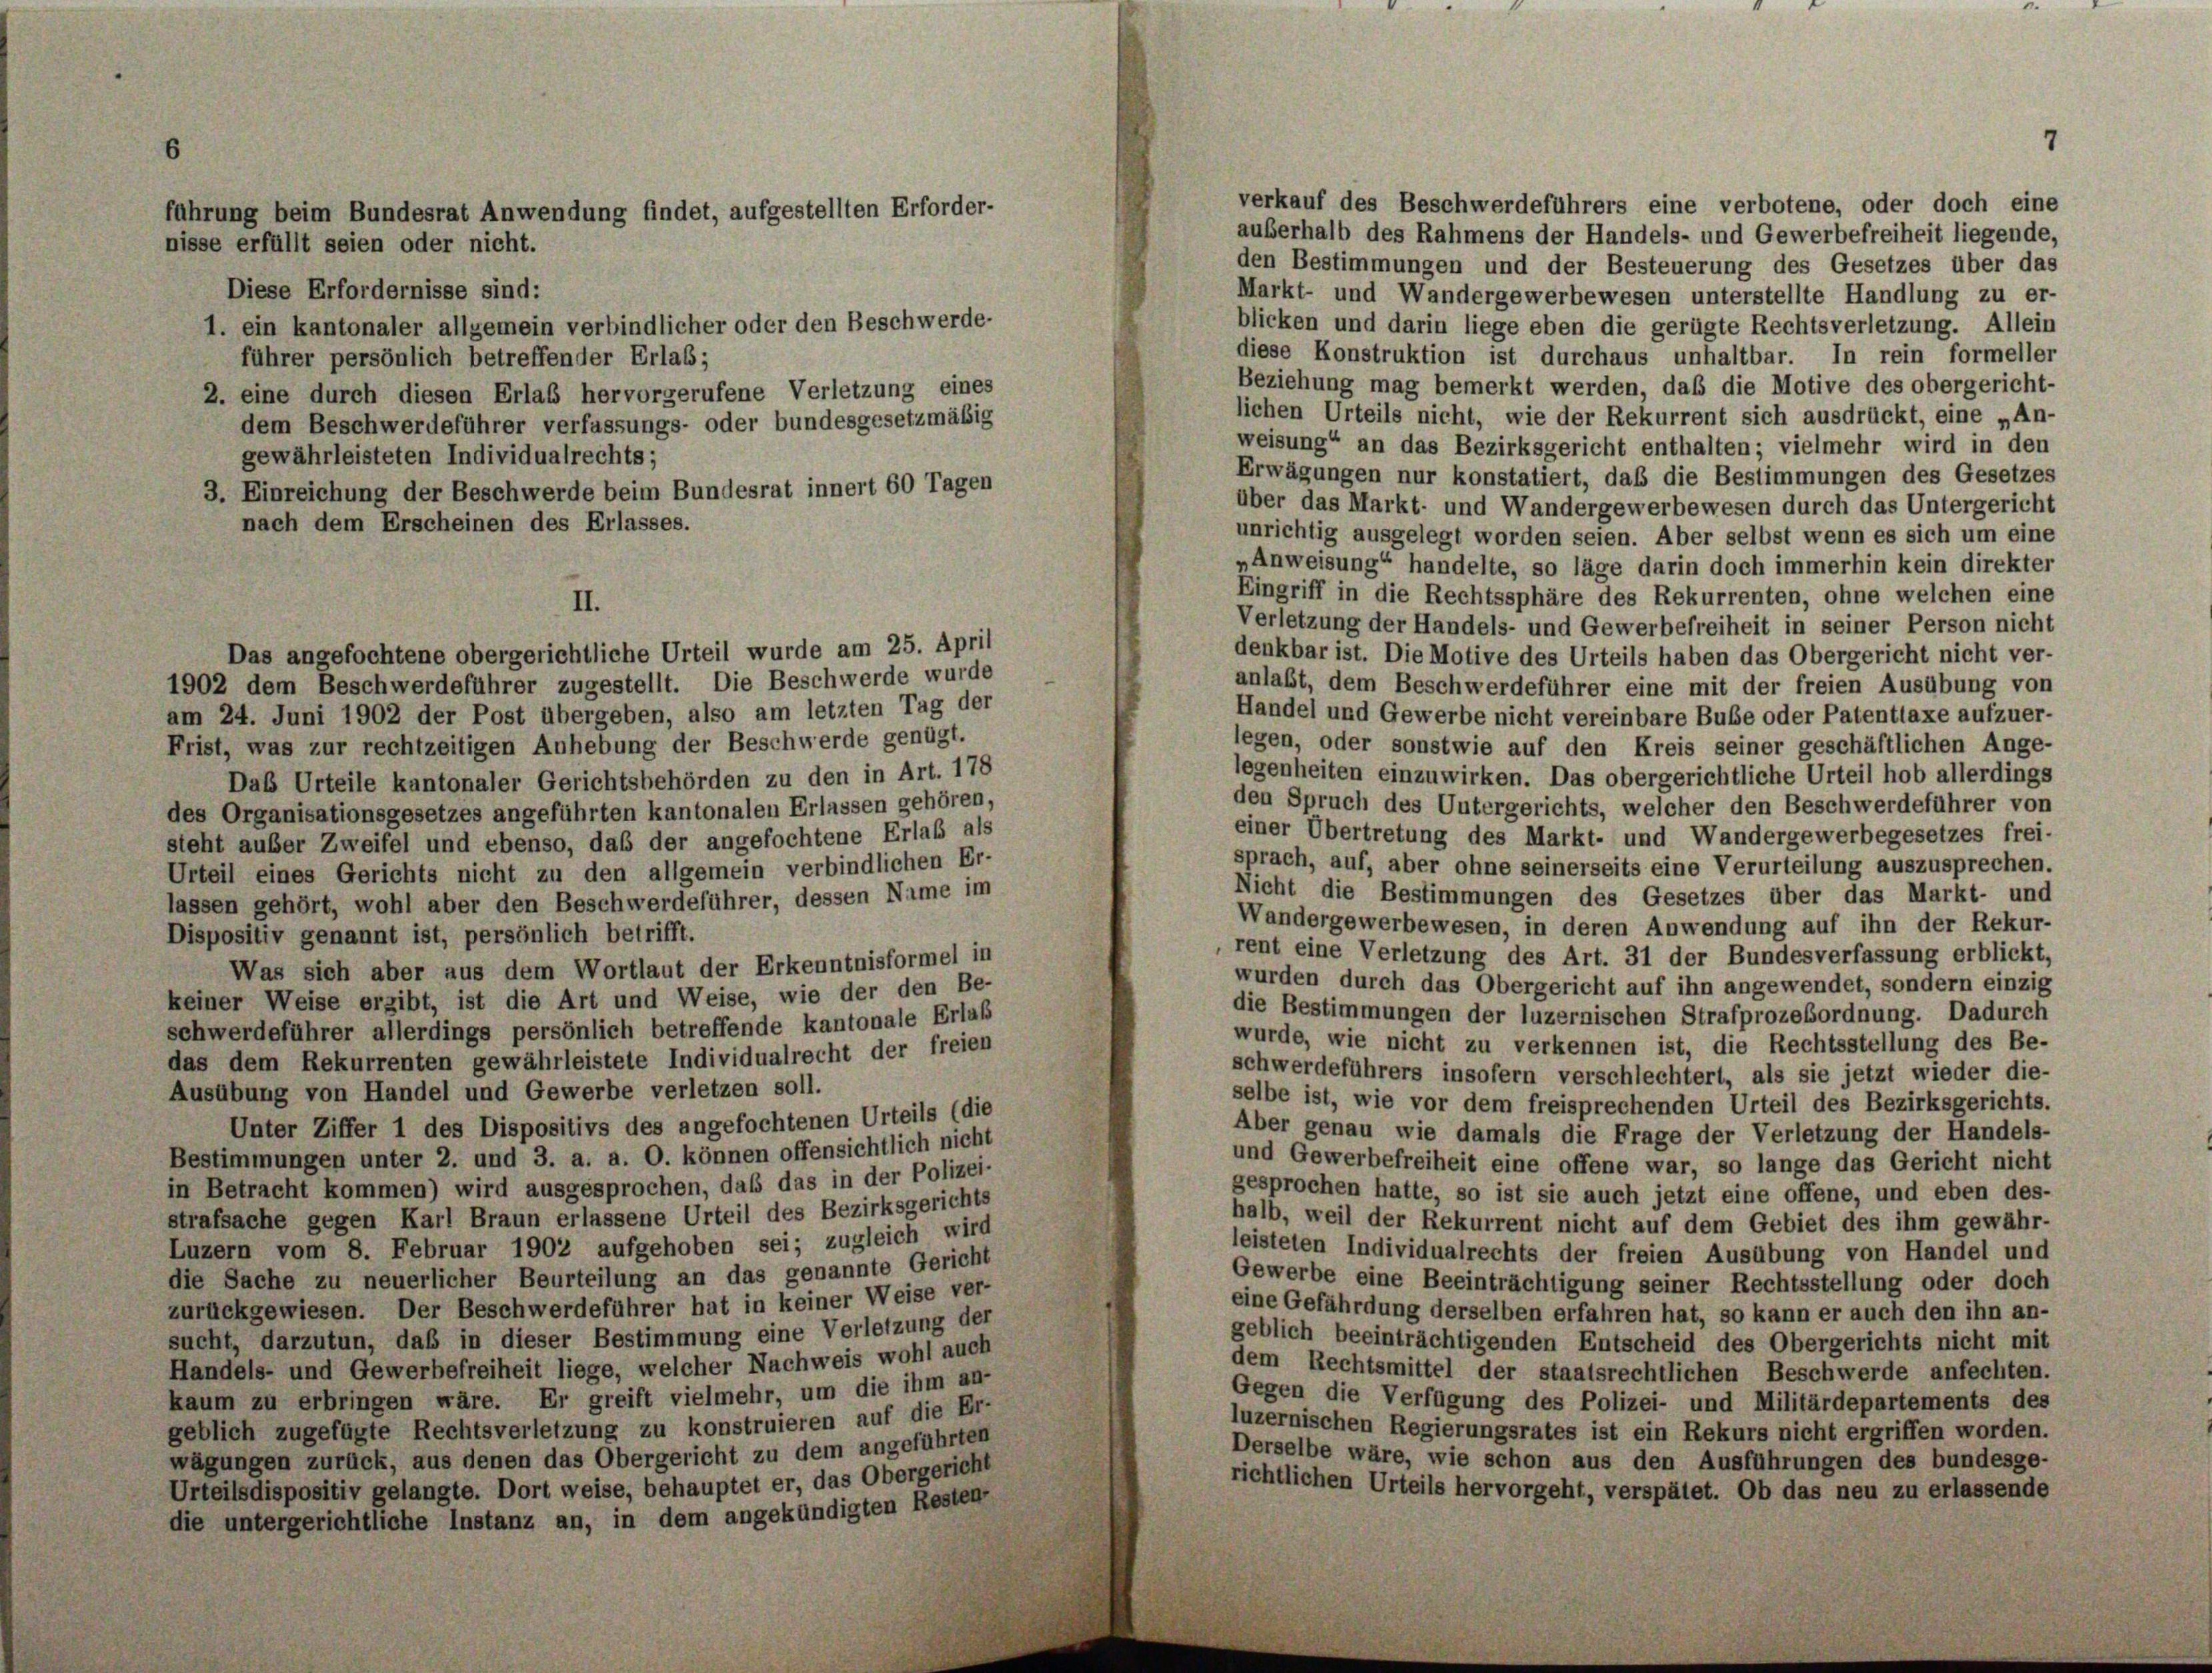
auserhalb des Rahmens der Handels- und Gewerbefreiheit liegende,
den Bestimmungen und der Besteuerung des Gesetzes über das
Markt- und Wandergewerbewesen unterstellte Handlung zu er-
blicken und darin liege eben die gerügte Rechtsverletzung. Allein
diese Konstruktion ist durchaus unhaltbar. In rein formeller
Beziehung mag bemerkt werden, daß die Motive des obergericht-
lichen Urteils nicht, wie der Rekurrent sich ausdrückt, eine „An
weisung“ an das Bezirksgericht enthalten; vielmehr wird in den
Erwägungen nur konstatiert, daß die Bestimmungen des Gesetzes
über das Markt- und Wandergewerbewesen durch das Untergericht
unrichtig ausgelegt worden seien. Aber selbst wenn es sich um eine
„Anweisung“ handelte, so läge darin doch immerhin kein direkter
Eingriff in die Rechtssphäre des Rekurrenten, ohne welchen eine
II.
Verletzung der Handels- und Gewerbefreiheit in seiner Person nicht
Das angefochtene obergerichtliche Urteil wurde am 25. April
denkbar ist. Die Motive des Urteils haben das Obergericht nicht ver-
1902 dem Beschwerdeführer zugestellt. Die Beschwerde wurde
anlaßt, dem Beschwerdeführer eine mit der freien Ausübung von
am 24. Juni 1902 der Post übergeben, also am letzten Tag der
Handel und Gewerbe nicht vereinbare Buße oder Patenttaxe aufzuer-
legen, oder sonstwie auf den Kreis seiner geschäftlichen Ange-
Frist, was zur rechtzeitigen Anhebung der Beschwerde genügt.
legenheiten einzuwirken. Das obergerichtliche Urteil hob allerdings
Das Urteile kantonaler Gerichtsbehörden zu den in Art. 178
den Spruch des Untergerichts, welcher den Beschwerdeführer von
des Organisationsgesetzes angeführten kantonalen Erlassen gehören,
einer Übertretung des Markt- und Wandergewerbegesetzes frei-
steht außer Zweifel und ebenso, daß der angefochtene Erlaß als
sprach, auf, aber ohne seinerseits eine Verurteilung auszusprechen.
Urteil eines Gerichts nicht zu den allgemein verbindlichen Er-
Nicht die Bestimmungen des Gesetzes über das Markt- und
lassen gehört, wohl aber den Beschwerdeführer, dessen Name im
Wandergewerbewesen, in deren Anwendung auf ihn der Rekur-
Dispositiv genannt ist, persönlich betrifft.
rent eine Verletzung des Art. 31 der Bundesverfassung erblickt,
Was sich aber aus dem Wortlaut der Erkenntnisformel in
wurden durch das Obergericht auf ihn angewendet, sondern einzig
keiner Weise ergibt, ist die Art und Weise, wie der den Be-
die Bestimmungen der luzernischen Strafprozeßordnung. Dadurch
schwerdeführer allerdings persönlich betreffende kantonale Erlaß
wurde, wie nicht zu verkennen ist, die Rechtsstellung des Be-
das dem Rekurrenten gewährleistete Individualrecht der freien
schwerdeführers insofern verschlechtert, als sie jetzt wieder die-
Ausübung von Handel und Gewerbe verletzen soll.
selbe ist, wie vor dem freisprechenden Urteil des Bezirksgerichts
Unter Ziffer 1 des Dispositivs des angefochtenen Urteils (die
Aber genau wie damals die Frage der Verletzung der Handels-
Bestimmungen unter 2. und 3. a. a. O. können offensichtlich nicht
und Gewerbefreiheit eine offene war, so lange das Gericht nicht
in Betracht kommen) wird ausgesprochen, daß das in der Polizei-
gesprochen hatte, so ist sie auch jetzt eine offene, und eben des-
strafsache gegen Karl Braun erlassene Urteil des Bezirksgerichts
halb, weil der Rekurrent nicht auf dem Gebiet des ihm gewähr-
Luzern vom 8. Februar 1902 aufgehoben sei; zugleich wird
leisteten Individualrechts der freien Ausübung von Handel und
die Sache zu neuerlicher Beurteilung an das genannte Gericht
Gewerbe eine Beeinträchtigung seiner Rechtsstellung oder doch
zurückgewiesen. Der Beschwerdeführer hat in keiner Weise ver-
eine Gefährdung derselben erfahren hat, so kann er auch den ihn an-
sucht, darzutun, daß in dieser Bestimmung eine Verletzung der
geblich beeinträchtigenden Entscheid des Obergerichts nicht mit
Handels- und Gewerbefreiheit liege, welcher Nachweis wohl auch
dem Rechtsmittel der staatsrechtlichen Beschwerde anfechten.
kaum zu erbringen wäre. Er greift vielmehr, um die ihm an-
Gegen die Verfügung des Polizei- und Militärdepartements des
geblich zugefügte Rechtsverletzung zu konstruieren auf die Er-
luzernischen Regierungsrates ist ein Rekurs nicht ergriffen worden.
wägungen zurück, aus denen das Obergericht zu dem angeführten
Derselbe wäre, wie schon aus den Ausführungen des bundesge-
Urteilsdispositiv gelangte. Dort weise, behauptet er, das Obergericht
richtlichen Urteils hervorgeht, verspätet. Ob das neu zu erlassende
die untergerichtliche Instanz an, in dem angekündigten Resten-

führung beim Bundesrat Anwendung findet, aufgestellten Erforder-
nisse erfüllt seien oder nicht.

Diese Erfordernisse sind:
1. ein kantonaler allgemein verbindlicher oder den Beschwerde
führer persönlich betreffender Erlab;
2. eine durch diesen Erlas hervorgerufene Verletzung eines
dem Beschwerdeführer verfassungs- oder bundesgesetzmäßig
gewährleisteten Individualrechts;
3. Einreichung der Beschwerde beim Bundesrat innert 60 Tagen
nach dem Erscheinen des Erlasses.

eine